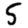
Digit: 5